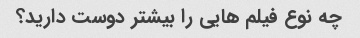
چه نوع فیلم هایی را بیشتر دوست دارید؟